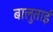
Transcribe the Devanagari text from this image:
बालुताई